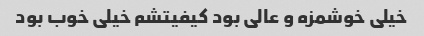
خیلی خوشمزه و عالی بود کیفیتشم خیلی خوب بود